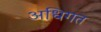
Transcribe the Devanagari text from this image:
अधिगत